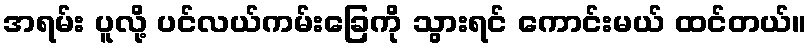
အရမ်း ပူလို့ ပင်လယ်ကမ်းခြေကို သွားရင် ကောင်းမယ် ထင်တယ်။